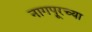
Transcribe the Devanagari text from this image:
नागपूरच्‍या